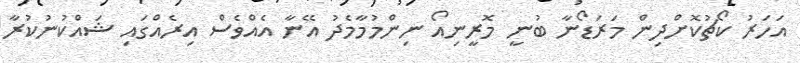
އަހަރު ކޯޗުކޮށްދިން މަރަޑޯނާ ބުނީ މޮރީނިއޯ ނިންމުމާމެދު އޭނާ އެއްވެސް އިރެއްގައި ޝައްކުނުކުރާ